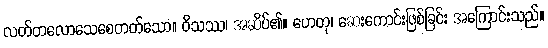
လတ်တလောသေစေတတ်သော။ ဝိသဿ၊ အဆိပ်၏။ ဟေတု၊ ဆေးကောင်းဖြစ်ခြင်း အကြောင်းသည်။